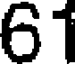
61